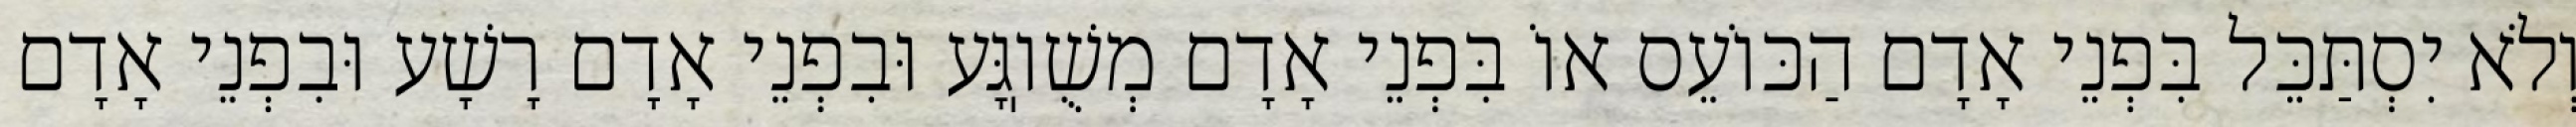
וְלֹא יִסְתַּכֵּל בִּפְנֵי אָדָם הַכּוֹעֵס אוֹ בִּפְנֵי אָדָם מְשֻׁוֽגָּע וּבִפְנֵי אָדָם רָשָׁע וּבִפְנֵי אָדָם